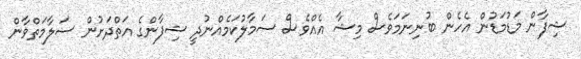
ޝިފާން މަޑުމަޑުން އެހެން ބުނިނަމަވެސް މިޝާ އެއްވެސް ސަމާލުކަމެއްނުދީ ޝިފާންގެ އަތްދަށުން ސަލާމަތްވާން